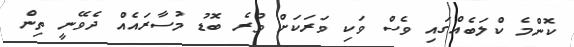
ކޮންމެ ކްލަބެއްގައި ވެސް ވަކި ވަރަކަށް ވުރެ ބޮޑު މުސާރައެއް ދެވޭނީ ތިން